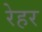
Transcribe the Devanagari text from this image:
रेहर